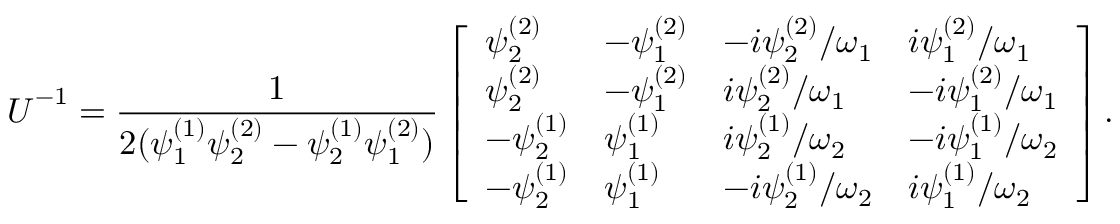
\boldsymbol { U } ^ { - 1 } = \frac { 1 } { 2 ( \psi _ { 1 } ^ { ( 1 ) } \psi _ { 2 } ^ { ( 2 ) } - \psi _ { 2 } ^ { ( 1 ) } \psi _ { 1 } ^ { ( 2 ) } ) } \left[ \begin{array} { l l l l } { \psi _ { 2 } ^ { ( 2 ) } } & { - \psi _ { 1 } ^ { ( 2 ) } } & { - i \psi _ { 2 } ^ { ( 2 ) } / \omega _ { 1 } } & { i \psi _ { 1 } ^ { ( 2 ) } / \omega _ { 1 } } \\ { \psi _ { 2 } ^ { ( 2 ) } } & { - \psi _ { 1 } ^ { ( 2 ) } } & { i \psi _ { 2 } ^ { ( 2 ) } / \omega _ { 1 } } & { - i \psi _ { 1 } ^ { ( 2 ) } / \omega _ { 1 } } \\ { - \psi _ { 2 } ^ { ( 1 ) } } & { \psi _ { 1 } ^ { ( 1 ) } } & { i \psi _ { 2 } ^ { ( 1 ) } / \omega _ { 2 } } & { - i \psi _ { 1 } ^ { ( 1 ) } / \omega _ { 2 } } \\ { - \psi _ { 2 } ^ { ( 1 ) } } & { \psi _ { 1 } ^ { ( 1 ) } } & { - i \psi _ { 2 } ^ { ( 1 ) } / \omega _ { 2 } } & { i \psi _ { 1 } ^ { ( 1 ) } / \omega _ { 2 } } \end{array} \right] .